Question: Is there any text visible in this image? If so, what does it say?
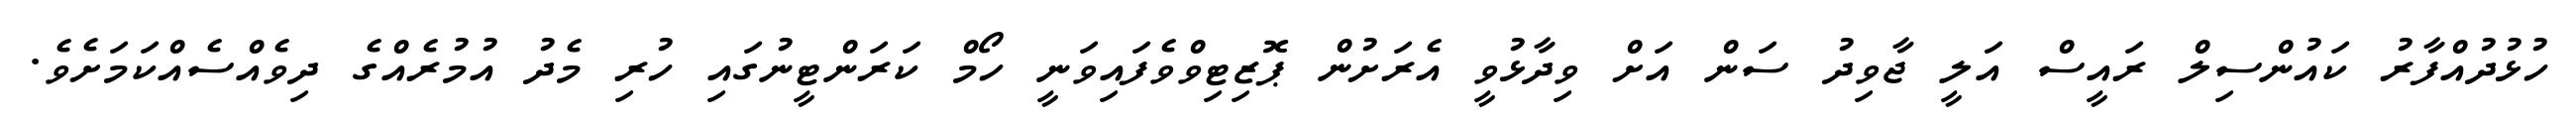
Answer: ހުޅުދުއްފާރު ކައުންސިލް ރައީސް އަލީ ޖާވިދު ސަން އަށް ވިދާޅުވީ އެރަށުން ޕޮޒިޓިވްވެފައިވަނީ ހޯމް ކަރަންޓީނުގައި ހުރި މެދު އުމުރެއްގެ ދިވެއްސެއްކަމަށެވެ.